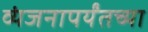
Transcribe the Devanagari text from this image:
व्यंजनापर्यंतच्या